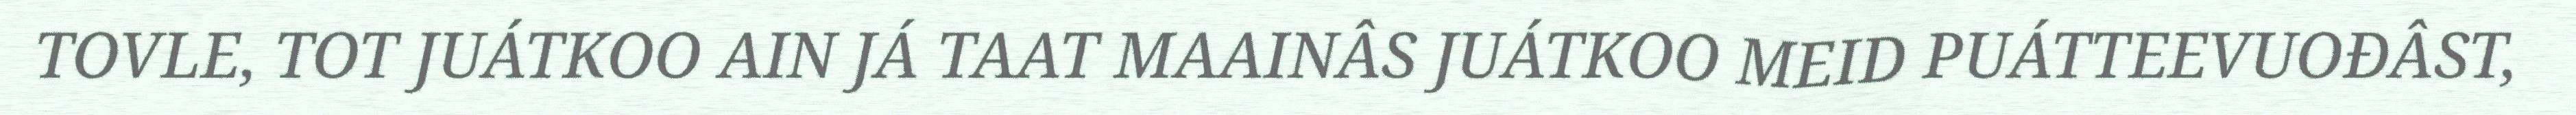
TOVLE, TOT JUÁTKOO AIN JÁ TAAT MAAINÂS JUÁTKOO MEID PUÁTTEEVUOĐÂST,